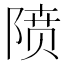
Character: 𱀡